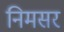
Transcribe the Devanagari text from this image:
निमसर